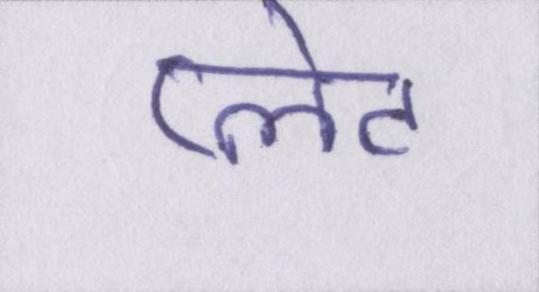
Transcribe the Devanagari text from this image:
प्लेट